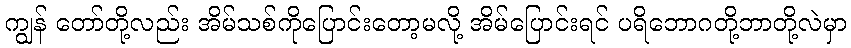
ကျွန် တော်တို့လည်း အိမ်သစ်ကိုပြောင်းတော့မလို့ အိမ်ပြောင်းရင် ပရိဘောဂတို့ဘာတို့လဲမှာ